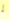
لم